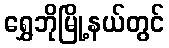
ရွှေဘိုမြို့နယ်တွင်